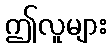
ဤလူများ